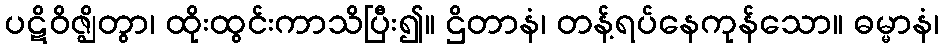
ပဋိဝိဇ္ဈိတွာ၊ ထိုးထွင်းကာသိပြီး၍။ ဌိတာနံ၊ တန့်ရပ်နေကုန်သော။ ဓမ္မာနံ၊